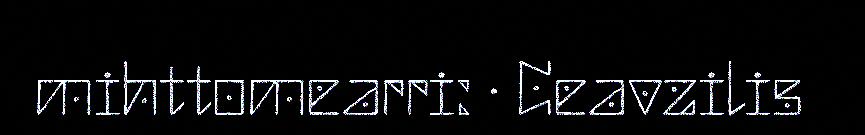
mihttomearri: · Ceavzilis